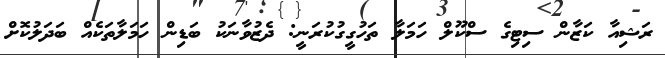
ރަޝިއާ ކަޒާން ސިޓިގެ ސްކޫލް ހަމަލާ ތަހުގީގުކުރަނީ: ދެޒުވާނަކު ބަޑިން ހަމަލާތަކެއް ބަދަލުކޮށް